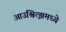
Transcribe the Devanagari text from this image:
आउश्वित्झमध्ये